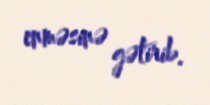
enməsinə gətirib.